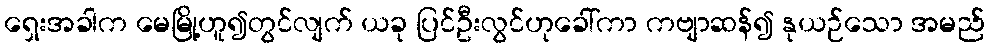
ရှေးအခါက မေမြို့ဟူ၍တွင်လျက် ယခု ပြင်ဦးလွင်ဟုခေါ်ကာ ကဗျာဆန်၍ နုယဉ်သော အမည်